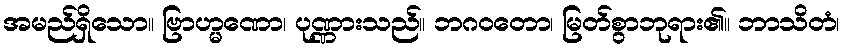
အမည်ရှိသော။ ဗြာဟ္မဏော၊ ပုဏ္ဏားသည်။ ဘဂဝတော၊ မြတ်စွာဘုရား၏။ ဘာသိတံ၊